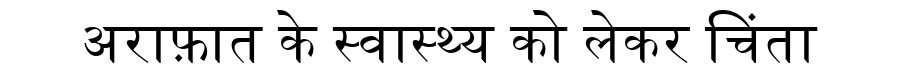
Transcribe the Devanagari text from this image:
अराफ़ात के स्वास्थ्य को लेकर चिंता